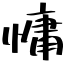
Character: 慵